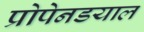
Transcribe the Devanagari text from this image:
प्रोपेनडयाल